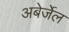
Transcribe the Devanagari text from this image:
अबेर्जेल